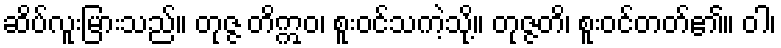
ဆိပ်လူးမြားသည်။ တုဇ္ဇ တိဣဝ၊ စူးဝင်သကဲ့သို့။ တုဇ္ဇတိ၊ စူးဝင်တတ်၏။ ဝါ၊